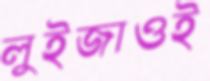
লুইজাওই